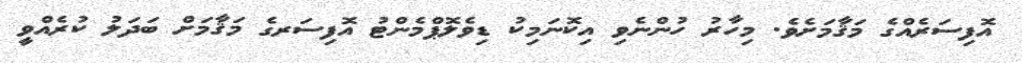
އޮފިސަރެއްގެ މަޤާމަށެވެ. މިހާރު ހުންނެވި އިކޮނަމިކު ޑިވެލޮޕްމެންޓު އޮފިސަރގެ މަޤާމަށް ބަދަލު ކުރެއްވީ